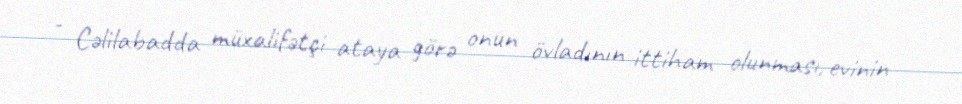
- Cəlilabadda müxalifətçi ataya görə onun övladının ittiham olunması, evinin